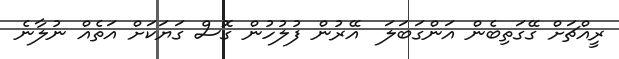
ރީއްޗަށް ގޭގަތިބެން އަންގަބަލަ  އޭރުން ފުލުހުން ގޮސް ގަޔަކަށް އަތެއް ނުލާނެ